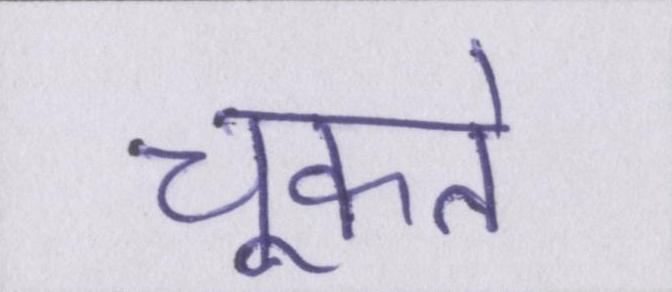
चूकते